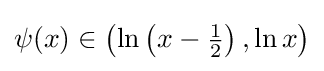
\psi (x)\in \left(\ln \left(x-{\tfrac {1}{2}}\right),\ln x\right)